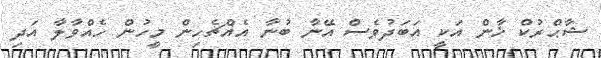
ޝާޙްރުކް ޚާން އަކީ އަބަދުވެސް އޭނާ ބުނާ އެއްޗެހިން މީހުން ހެއްވާލާ އަދި